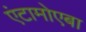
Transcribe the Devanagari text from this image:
एंटामोएबा